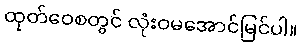
ထုတ်ဝေစတွင် လုံးဝမအောင်မြင်ပါ။